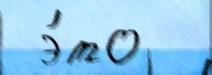
 э́то